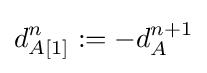
d_{A[1]}^{n}:=-d_{A}^{n+1}